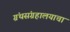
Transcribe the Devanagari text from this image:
ग्रंथसंग्रहालयाचा